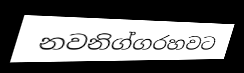
නවනිග්ගරහවට